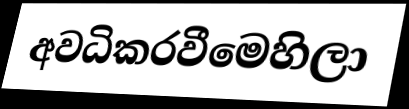
අවධිකරවීමෙහිලා